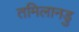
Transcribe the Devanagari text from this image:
तमिलानडु